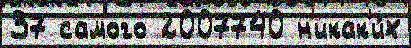
37 самого 2007740 н'икак'и́х